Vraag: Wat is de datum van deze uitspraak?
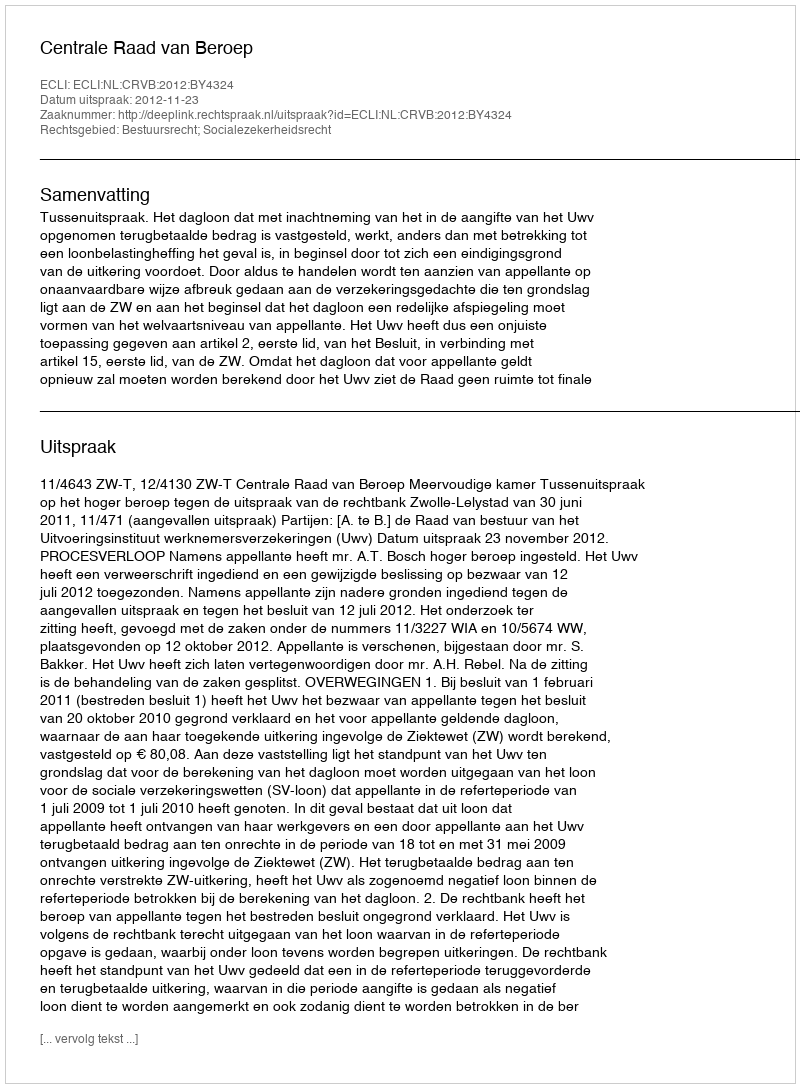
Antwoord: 2012-11-23